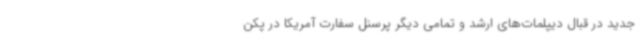
جدید در قبال دیپلمات‌های ارشد و تمامی دیگر پرسنل سفارت آمریکا در پکن